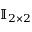
\mathbb { I } _ { 2 \times 2 }